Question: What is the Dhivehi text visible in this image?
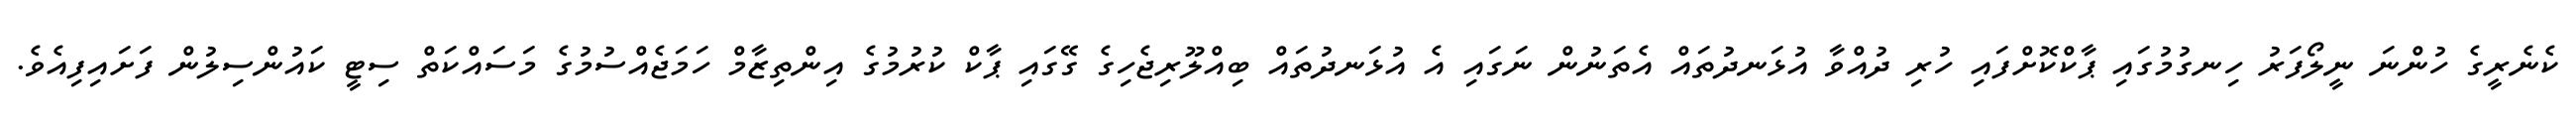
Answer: ކެނެރީގެ ހުންނަ ނީލޯފަރު ހިނގުމުގައި ޕާކްކޮށްފައި ހުރި ދުއްވާ އުޅަނދުތައް އެތަނުން ނަގައި އެ އުޅަނދުތައް ބިއްލޫރިޖެހިގެ ގޭގައި ޕާކް ކުރުމުގެ އިންތިޒާމް ހަމަޖެއްސުމުގެ މަސައްކަތް ސިޓީ ކައުންސިލުން ފަށައިފިއެވެ.